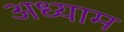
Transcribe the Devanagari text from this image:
अध्याम